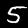
Digit: 5